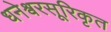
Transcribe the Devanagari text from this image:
धनेश्वरसूरिकृत